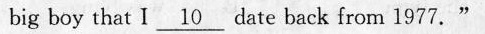
big boy that I \underline{10} date from 1977.